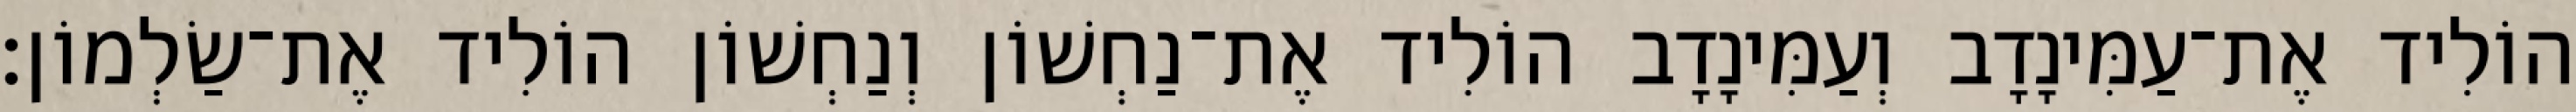
הוֹלִיד אֶת־עַמִּינָדָב וְעַמִּינָדָב הוֹלִיד אֶת־נַחְשׁוֹן וְנַחְשׁוֹן הוֹלִיד אֶת־שַׂלְמוֹן׃